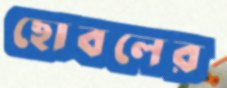
ছোবলের